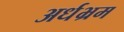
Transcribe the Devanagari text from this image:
अर्धभ्रम